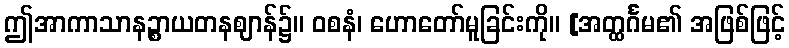
ဤအာကာသာနဉ္စာယတနဈာန်၌။ ဝစနံ၊ ဟောတော်မူခြင်းကို။ [အတ္ထင်္ဂမ၏ အဖြစ်ဖြင့်